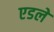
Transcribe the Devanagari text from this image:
एडले